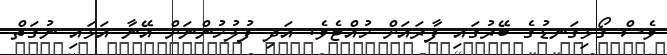
ވެސް ގޯޅިގަނޑުގެ ބޭރުގައި ފާރައަށް ހުއްޓެވެ. އަދި ފުލުހުންނަށް އޭނާ އަޅައި ނުގަތް